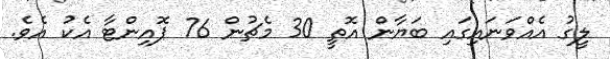
ލީގު އެއްވަނައިގައި ބަޔާން އޮތީ 30 މެޗުން 76 ޕޮއިންޓާ އެކު އެވެ.